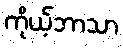
ကိုယ့်ဘာသာ